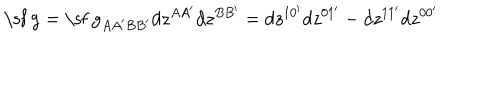
\mathrm { \sf ~ g } = \mathrm { \sf ~ g } _ { A A ^ { \prime } B B ^ { \prime } } d z ^ { A A ^ { \prime } } d z ^ { B B ^ { \prime } } = d z ^ { 1 0 ^ { \prime } } d z ^ { 0 1 ^ { \prime } } - d z ^ { 1 1 ^ { \prime } } d z ^ { 0 0 ^ { \prime } }